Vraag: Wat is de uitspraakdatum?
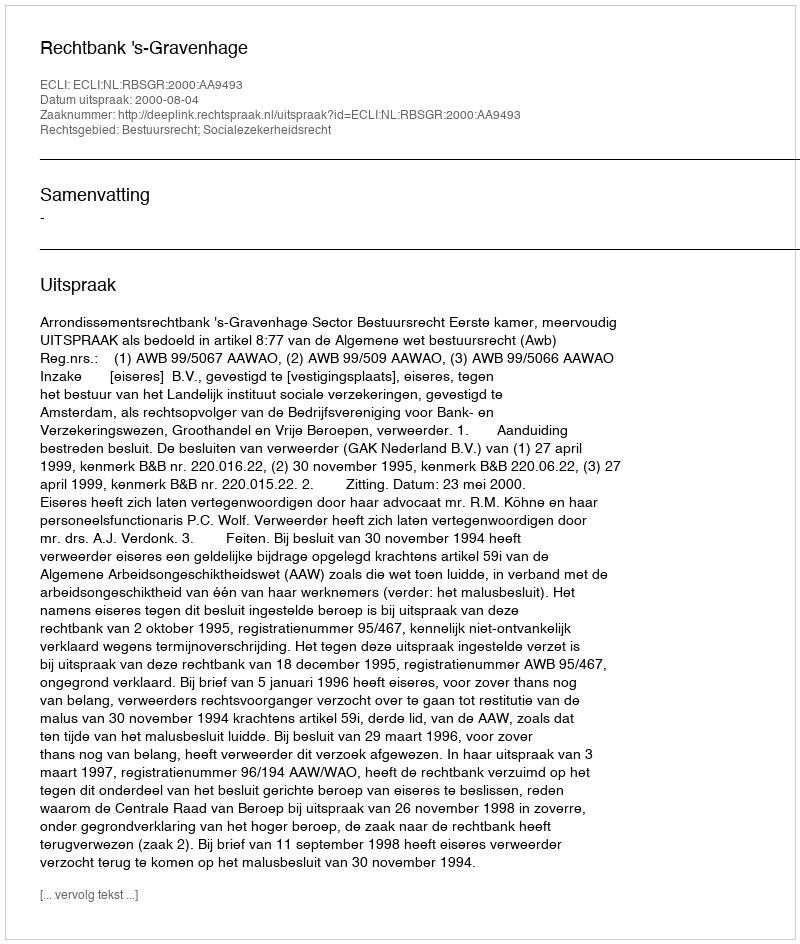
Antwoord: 2000-08-04